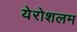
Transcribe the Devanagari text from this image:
येरोशलम